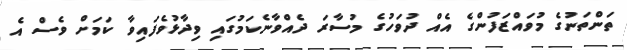
ތަންތަނުގެ މުވައްޒަފުންގެ އެއް ދުވަހުގެ މުސާރަ ދެއްވާނެކަމުގައި ވިދާޅުވެފައިވާ ކަމަށް ވެސް އެ